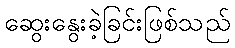
ဆွေးနွေးခဲ့ခြင်းဖြစ်သည်